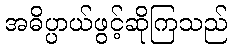
အဓိပ္ပာယ်ဖွင့်ဆိုကြသည်